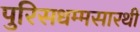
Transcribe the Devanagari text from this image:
पुरिसधम्मसारथी